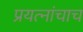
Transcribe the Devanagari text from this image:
प्रयत्‍नांचाच